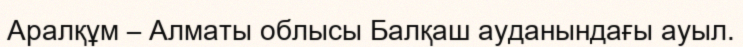
Аралқұм – Алматы облысы Балқаш ауданындағы ауыл.